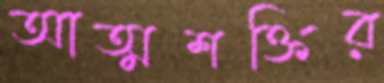
আত্মশক্তির